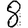
Digit: 8